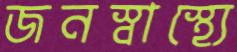
জনস্বাস্থ্যে